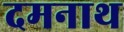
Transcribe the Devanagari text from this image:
दमनाथ